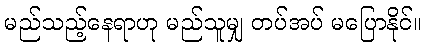
မည်သည့်နေရာဟု မည်သူမျှ တပ်အပ် မပြောနိုင်။